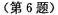
(第6题)